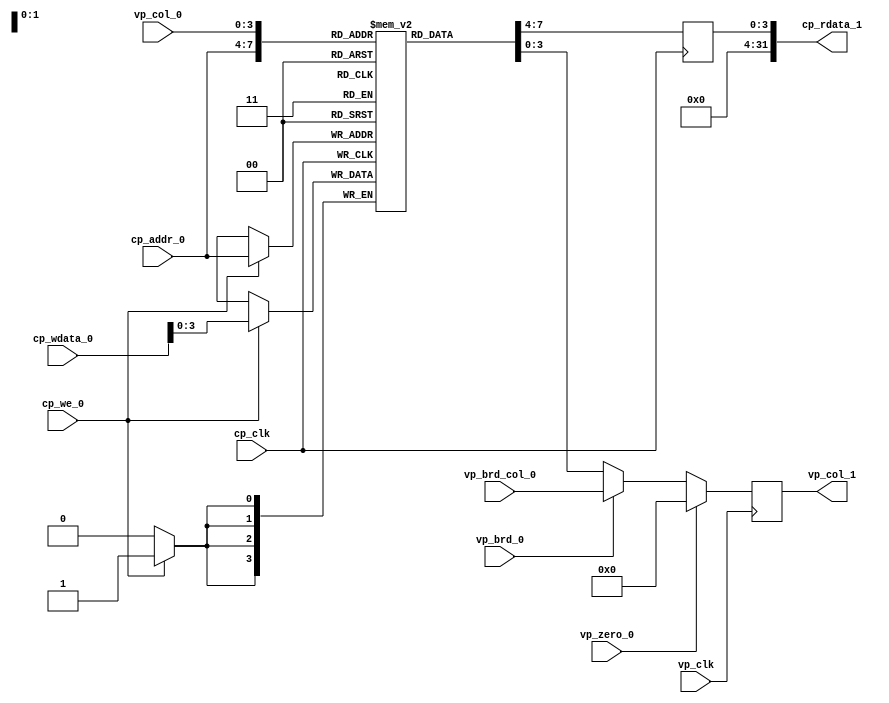
/*
 * vid_palette.v
 *
 * Screen RAM storing the 48x28 char+attr
 *
 * vim: ts=4 sw=4
 *
 * Copyright (C) 2019-2020  Sylvain Munaut <tnt@246tNt.com>
 * SPDX-License-Identifier: CERN-OHL-P-2.0
 */

`default_nettype none

module vid_palette #(
	parameter integer W = 4
)(
	// CPU access port
	input  wire [ 3:0] cp_addr_0,
	input  wire [31:0] cp_wdata_0,
	input  wire        cp_we_0,

	output reg  [31:0] cp_rdata_1,

	input  wire        cp_clk,

	// Video read port
	input  wire          vp_zero_0,
	input  wire          vp_brd_0,
	input  wire  [W-1:0] vp_brd_col_0,

	input  wire  [  3:0] vp_col_0,
	output reg   [W-1:0] vp_col_1,

	input  wire          vp_clk
);

	// Signals
	// -------

	reg [W-1:0] mem[0:15];


	// CPU port
	// --------

	// Write
	always @(posedge cp_clk)
		if (cp_we_0)
			mem[cp_addr_0] <= cp_wdata_0[W-1:0];

	// Read
	always @(posedge cp_clk)
		cp_rdata_1[W-1:0] <= mem[cp_addr_0];

	initial
		cp_rdata_1[31:W] = 0;


	// Video port
	// ----------

	always @(posedge vp_clk)
		vp_col_1 <= vp_zero_0 ? 0 : (vp_brd_0 ? vp_brd_col_0 : mem[vp_col_0]);

endmodule // vid_palette